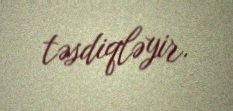
təsdiqləyir.